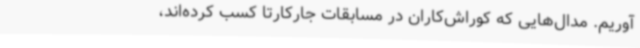
آوریم. مدال‌هایی که کوراش‌کاران در مسابقات جارکارتا کسب کرده‌اند،